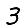
Digit: 3